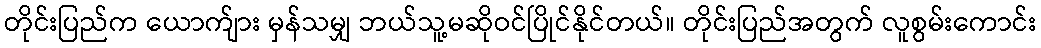
တိုင်းပြည်က ယောက်ျား မှန်သမျှ ဘယ်သူ့မဆိုဝင်ပြိုင်နိုင်တယ်။ တိုင်းပြည်အတွက် လူစွမ်းကောင်း